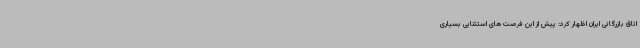
اتاق بازرگانی ایران اظهار کرد: پیش از این فرصت های استثنایی بسیاری